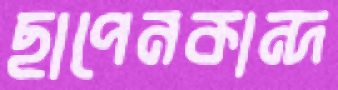
ছাপেনকান্দ